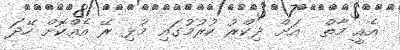
އެއީ މާތް  އަށް ޛިކްރު ކުރުމުގައި މުޅި ރޭ އެއްކޮށް ހޭދަ